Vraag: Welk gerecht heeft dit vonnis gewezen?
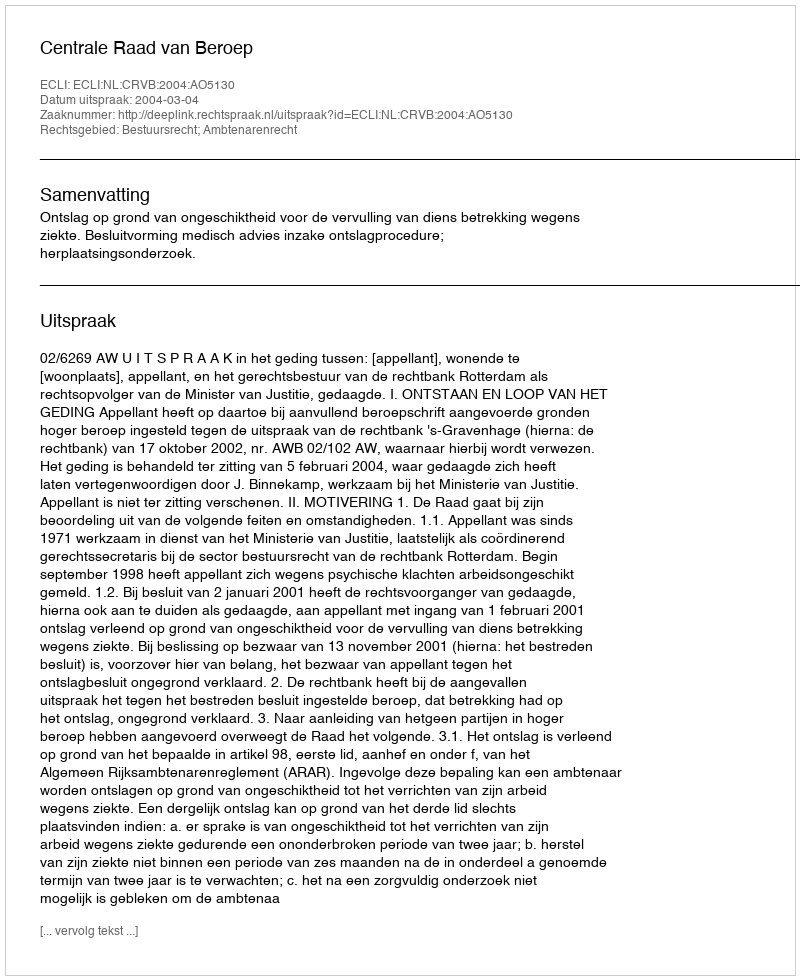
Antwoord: Centrale Raad van Beroep